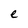
Character: e